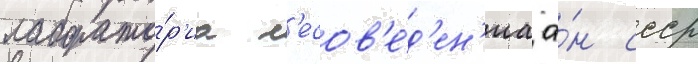
лаборато́р'иа л'есов'е́д'ен'иа а́н ссср